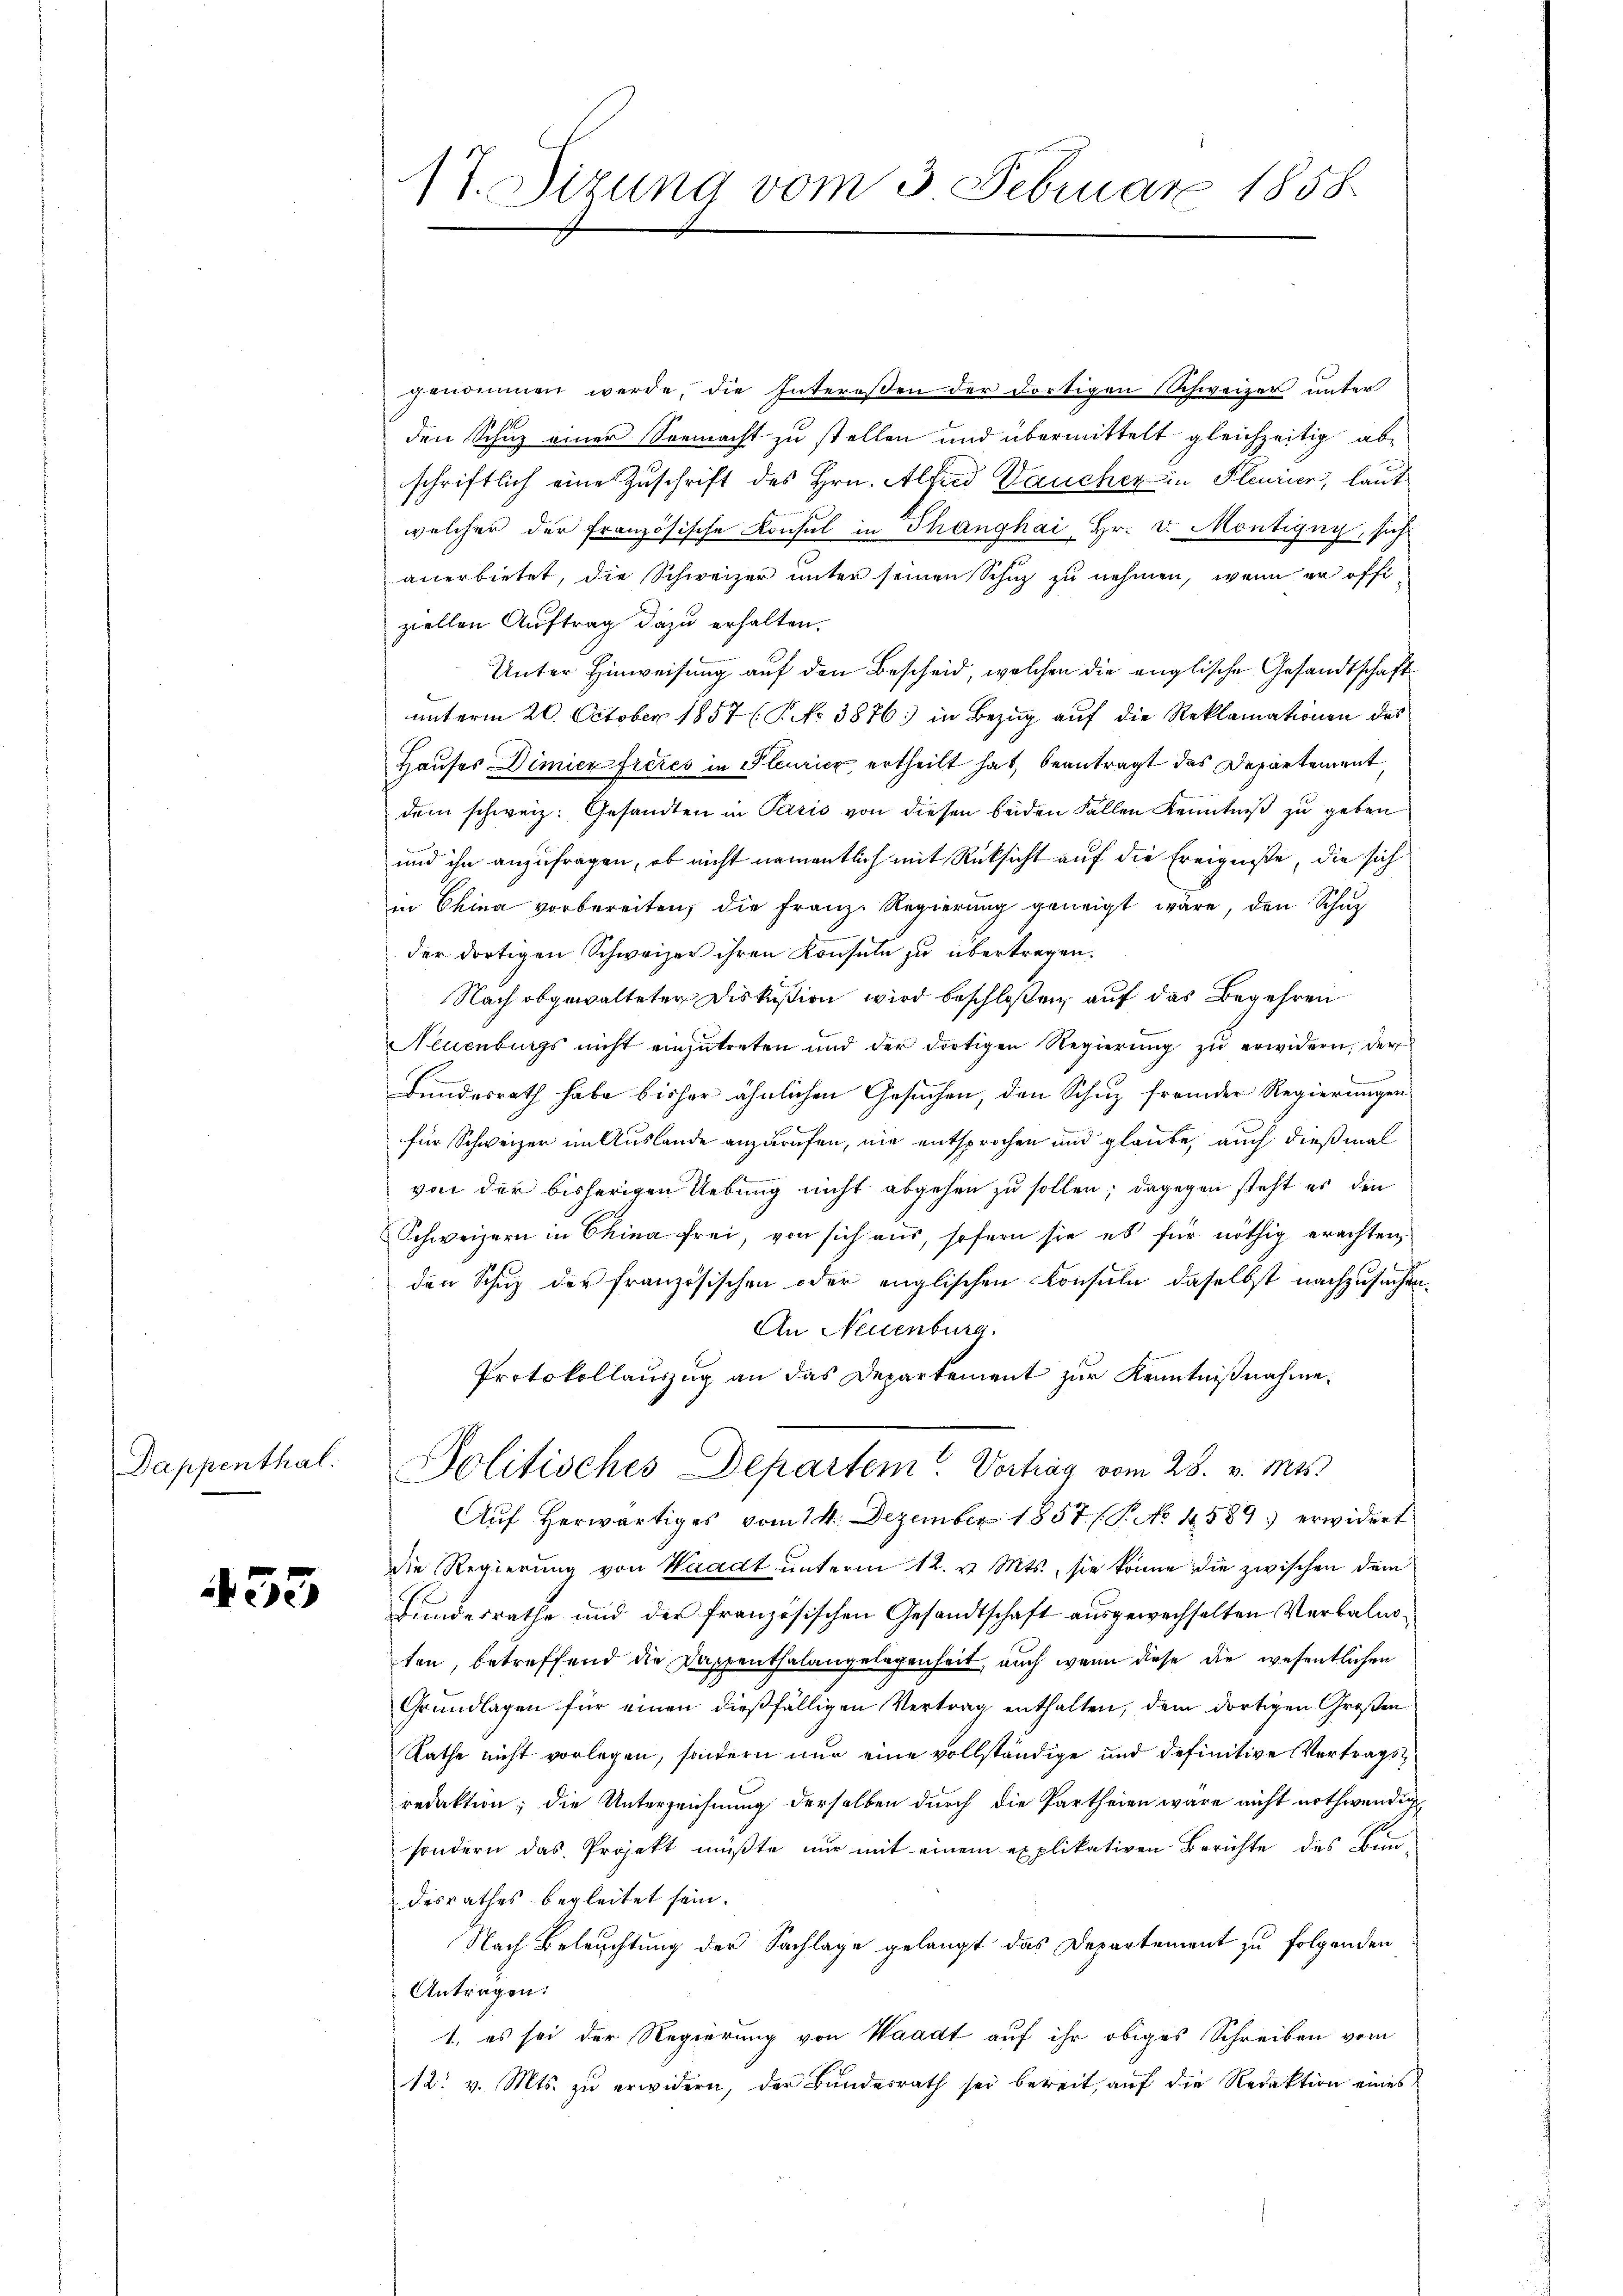
Dappenthal.

433

17. Sitzung vom 3 Februar 1858

genommen werde, die Interesen der dortigen Schweizer unter
den Schuz einer Seemacht zu stellen und übermittelt gleichzeitig abschriftlich eine Zuschrift des Hrn. Alfred Daucher in Pleurier, laut
welcher der französische Konsul in Thanghai- Hr. v. Montigny, sich
anerbietet, die Schweizer unter seinen Schuz zu nehmen, wenn er offiziellen Auftrag dazu erhalten.
Unter Hinweisung auf den Bescheid, welchen die englische Gesandtschaft
unterm 20. October 1857 (P No 3876: in Bezug auf die Reklamationen des
Hauses Dimier freies in Pleuricz ertheilt hat, beantragt das Departement
dem schweiz. Gesandten in Paris von diesen beiden Fallen Kenntniß zu geben
und ihn anzufragen, ob nicht namentlich mit Rücksicht auf die Ereigniße, die sichin China vorbereiten, die Franz Regierung geneigt wäre, den Schuz
der dortigen Schweizer ihren Konsuln zu übertragen.
Nach abgewalteten Diskußion wird beschloßen, auf das Begehren
Neuenburgs nicht einzŭtreten und der dortigen Regierŭng zŭ erwidern, der
3
Bundesrath habe bisher ähnlichen Gesuchen, den Schuz fremder Regierungen
für Schweizer im Auslande anzurufen, nie entsprochen und glaube, auch dießmal
von der bisherigen Uebung nicht abgehen zu sollen; dagegen steht es den
Schweizern in China frei, von sich aus, sofern sie es für nöthig erachten,
den Schuz der französischen oder englischen Konsule, daselbst nachzusuchen
An Neuenburg.
Protokollauszug an das Departement zur Kenntnißnahme.
Politisches Departem Vortrag vom 28. v. Mts.
Auf herwärtiges vom 14. Dezember 1857 / P. No 4589 erwidert
die Regierung von Waadt ŭnterm 12. v. Mts., sie könne die zwischen dem
Bundesrathe und der französischen Gesandtschaft ausgewechselten Verbalmoten, betreffend die Dappenthalangelegenheit, auch wenn diese die wesentlichen
Grundlagen für einen dießfälligen Vertrag enthalten, dem dortigen Großen
Rathe nicht vorlegen, sondern nur eine vollständige und definitive Vertragsredaktion; die Unterzeichnung derselben durch die Partheien wäre nicht nothwendig
sondern das Projekt müßte nur mit einem explikativen Berichte des Bun-
desrathes begleitet sein.
Nach Beleuchtung der Sachlage gelangt das Departement zu folgenden
Antragen:
1, es sei der Regierung von Waadt auf ihr obiges Schreiben vom
12. v. Mts. zu erwidern, der Bundesrath sei bereit, auf die Redaktion eines